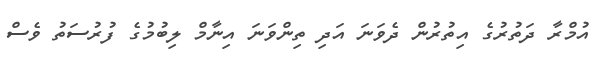
އުމްރާ ދަތުރުގެ އިތުރުން ދެވަނަ އަދި ތިންވަނަ އިނާމް ލިބުމުގެ ފުރުސަތު ވެސް